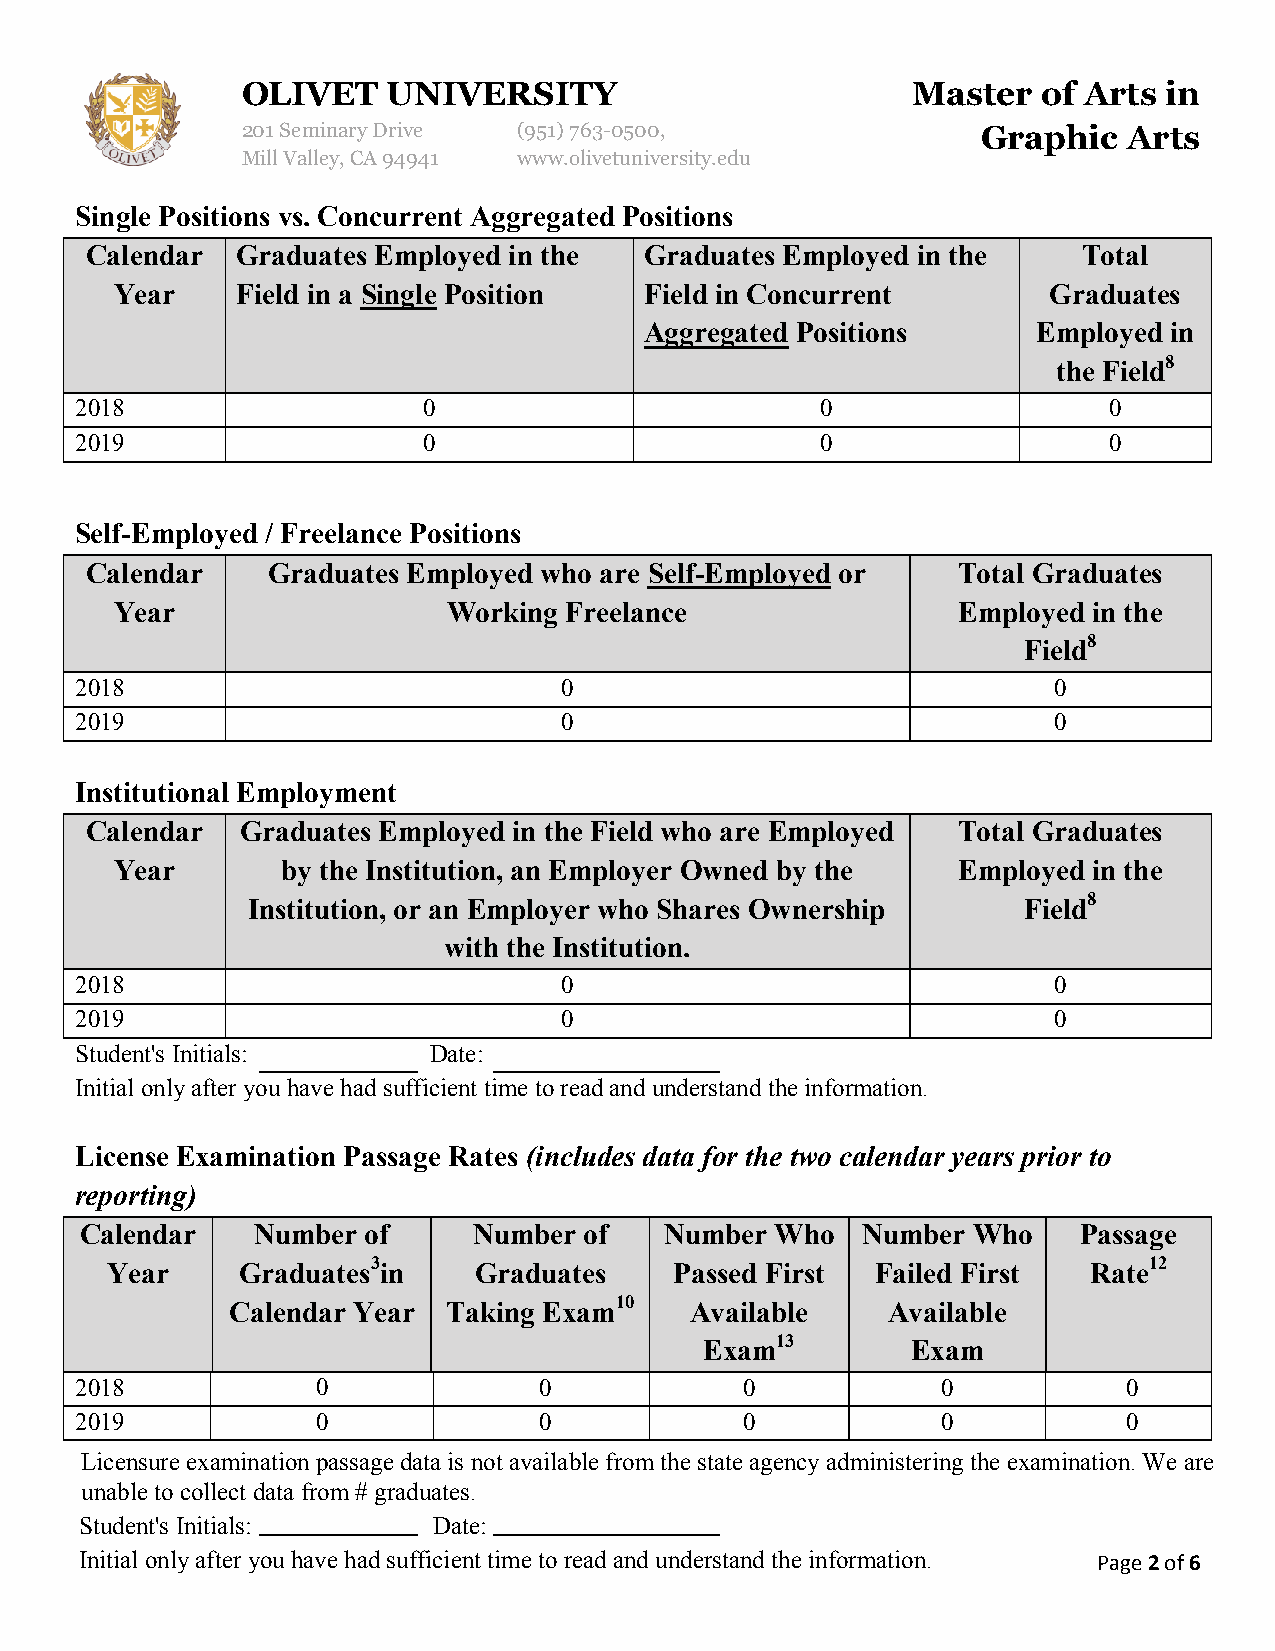
OLIVET    UNIVERSITY                        Master   of Arts in
 201 Seminary Drive (951)763-0500,                Graphic   Arts
 Mill Valley, CA 94941 www.olivetuniversity.edu
 Single Positions vs. Concurrent Aggregated Positions
 Calendar  Graduates Employed in the  Graduates Employed in the    Total
 Year    Field in a Single Position Field in Concurrent       Graduates
 Aggregated Positions      Employed in
 the Field8
 2018                   0                         0                  0
 2019                   0                         0                  0
 Self-Employed / Freelance Positions
 Calendar    Graduates Employed who are Self-Employed or  Total Graduates
 Year                  Working Freelance                Employed in the
 Field8
 2018                            0                                0
 2019                            0                                0
 Institutional Employment
 Calendar  Graduates Employed in the Field who are Employed Total Graduates
 Year       by the Institution, an Employer Owned by the Employed in the
 Institution, or an Employer who Shares Ownership    Field8
 with the Institution.
 2018                            0                                0
 2019                            0                                0
 Student's Initials:    Date:
 Initial only after you have had sufficient time to read and understand the information.
 License Examination Passage Rates (includes data for the two calendar years prior to
 reporting)
 Calendar    Number of     Number  of   Number Who   Number Who     Passage
 Year     Graduates3in   Graduates     Passed First Failed First  Rate12
 Calendar Year  Taking Exam10   Available    Available
 Exam13       Exam
 2018            0              0            0            0            0
 2019            0              0            0            0            0
 Licensure examination passage data is not available from the state agency administering the examination. We are
 unable to collect data from # graduates.
 Student's Initials:     Date:
 Initial only after you have had sufficient time to read and understand the information. Page 2 of 6